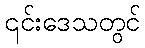
၎င်းဒေသတွင်